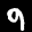
Label: 9